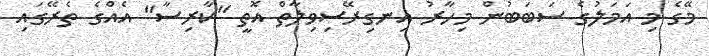
މޭގެ މި އަމަލުގެ ސަބަބުން މިހާރު އިނގިރޭސިވިލާތް އޮތީ "ކާރިސާ" އެއްގެ ތެރޭގައި